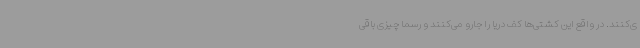
ی‌کنند. در واقع این کشتی‌ها کف دریا را جارو می‌کنند و رسما چیزی باقی